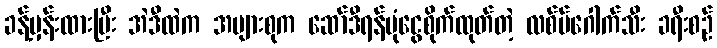
ခန့်မှန်းထားပြီး အဲဒီထဲက အများစုက ဆော်ဒီရန်ပုံငွေစိုက်ထုတ်တဲ့ လစ်ဗ်ဂေါက်သီး ခရီးစဉ်